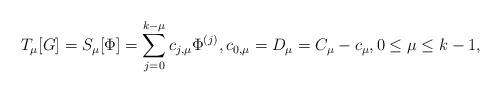
LaTeX: \begin{align*}T_\mu [G] = S_\mu [\Phi] =\sum_{j=0}^{k - \mu } c_{j, \mu} \Phi^{(j)} ,c_{0,\mu} = D_\mu = C_\mu - c_\mu ,0 \leq \mu \leq k-1, \end{align*}